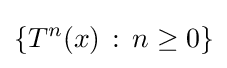
\{T^{n}(x)\,:\,n\geq 0\}